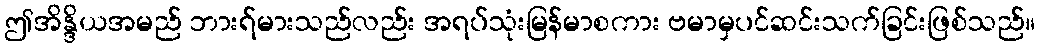
ဤအိန္ဒိယအမည် ဘားရ်မားသည်လည်း အရပ်သုံးမြန်မာစကား ဗမာမှပင်ဆင်းသက်ခြင်းဖြစ်သည်။